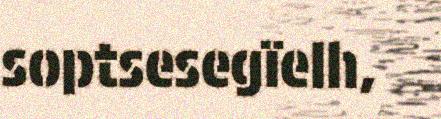
soptsesegïelh,